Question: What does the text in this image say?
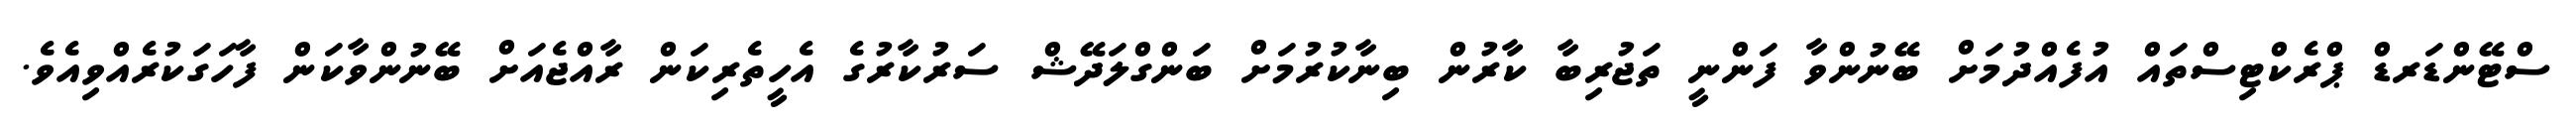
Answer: ސްޓޭންޑަރޑް ޕްރެކްޓިސްތައް އުފެއްދުމަށް ބޭނުންވާ ފަންނީ ތަޖުރިބާ ކާރުން ބިނާކުރުމަށް ބަންގްލަދޭޝް ސަރުކާރުގެ އެހީތެރިކަން ރާއްޖެއަށް ބޭނުންވާކަން ފާހަގަކުރެއްވިއެވެ.